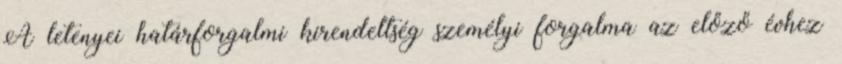
A letenyei határforgalmi kirendeltség személyi forgalma az előző évhez